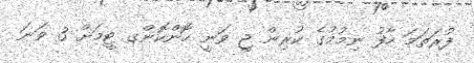
ފުރަތަމަ ހާފު ނިމުމުގެ ކުރިން ޖީ ވަނީ ހޮންކޮންގ ޓީމަށް 3 ވަނަ